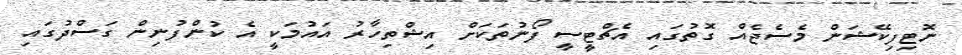
ނޮޓިފިކޭޝަން މެސެޖެއް ގޮތުގައި އެޗްޓީސީ ފޯނުތަކަށް އިޝްތިހާރު އައުމަކީ އެ ކުންފުނިން ގަސްދުގައި